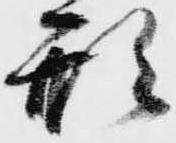
形